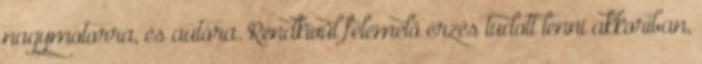
nagymotorra, és autóra. Rendkívül felemelő érzés tudott lenni akkoriban,